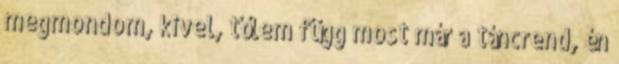
megmondom, kivel, tőlem függ most már a táncrend, én